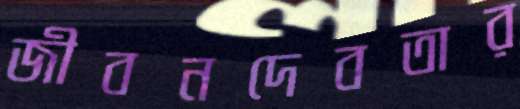
জীবনদেবতার